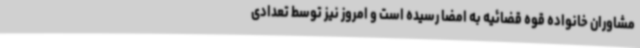
مشاوران خانواده قوه قضائیه به امضا رسیده است و امروز نیز توسط تعدادی